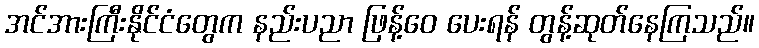
အင်အားကြီးနိုင်ငံတွေက နည်းပညာ ဖြန့်ဝေ ပေးရန် တွန့်ဆုတ်နေကြသည်။